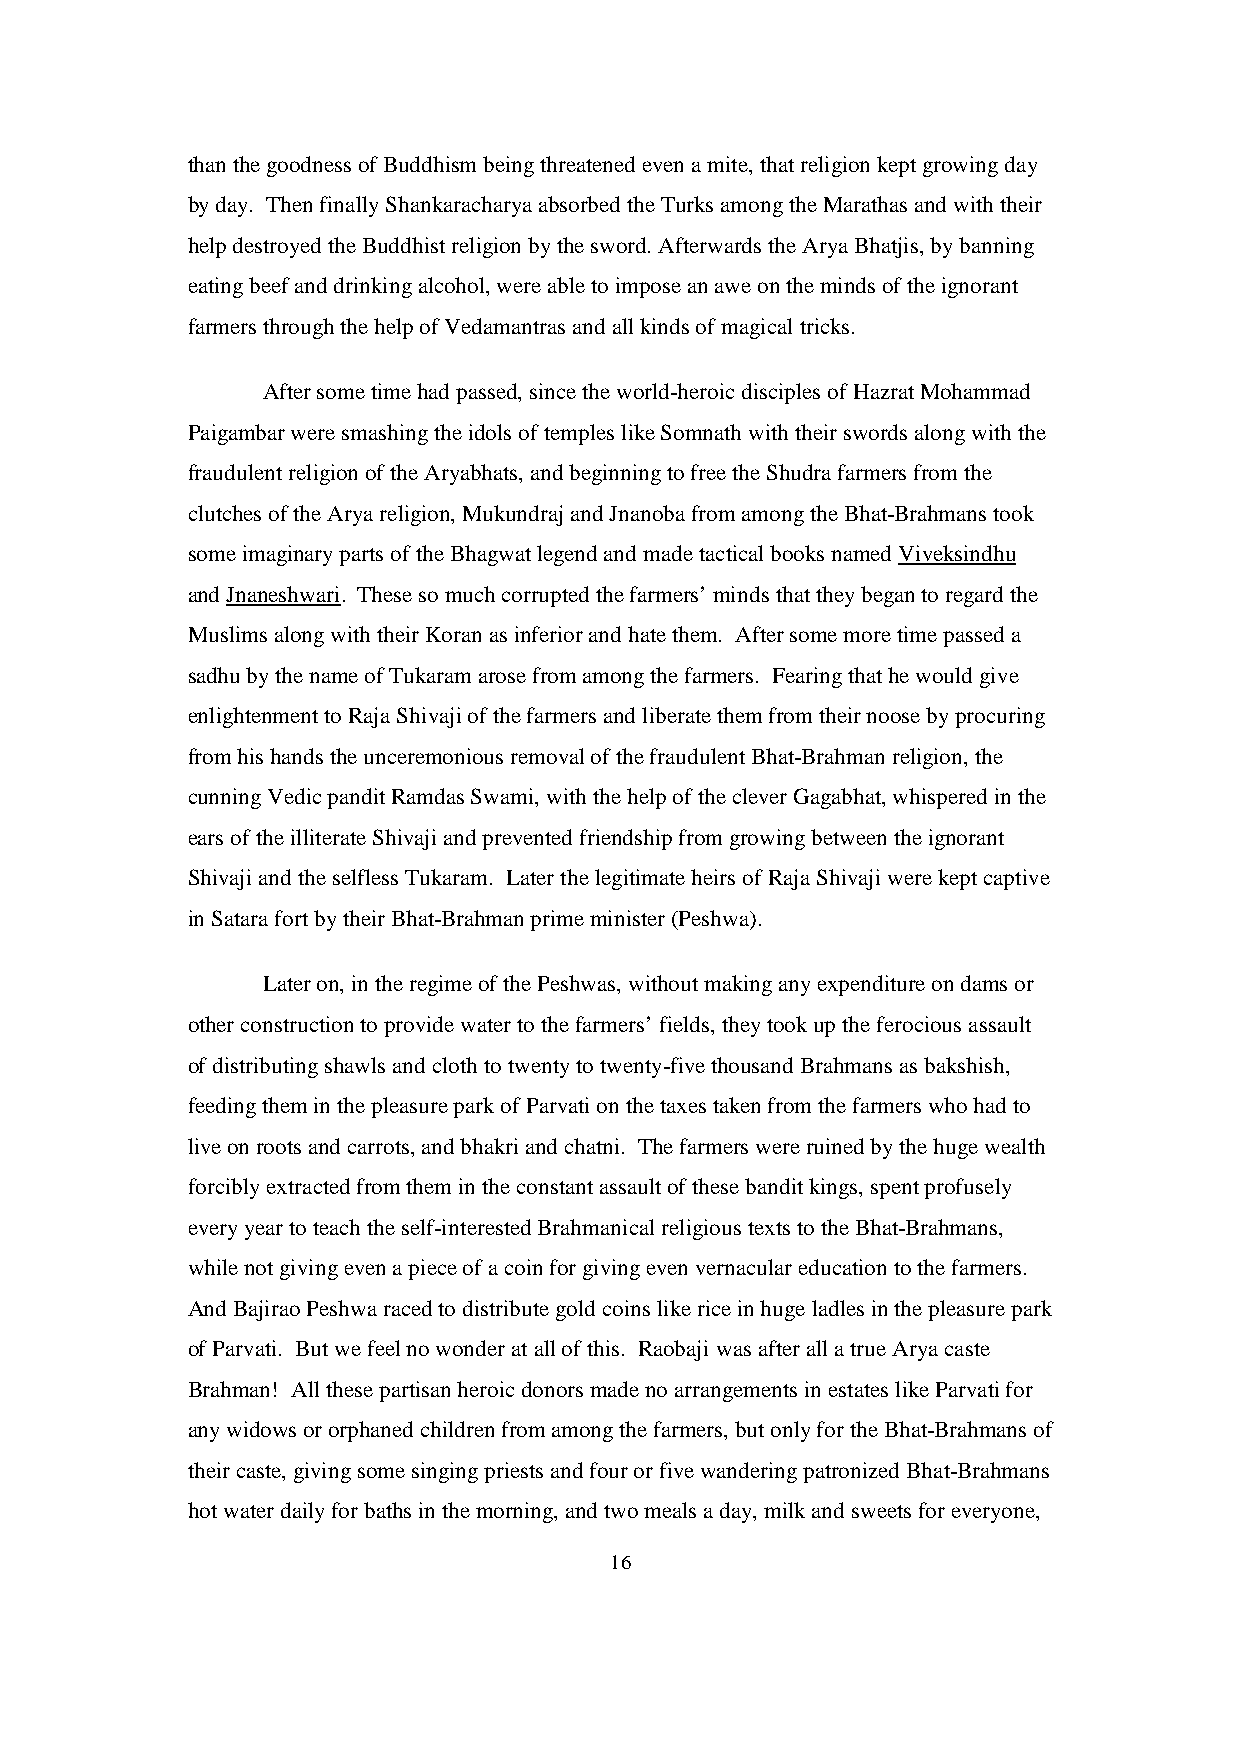
than the goodness of Buddhism being threatened even a mite, that religion kept growing day
 by day. Then finally Shankaracharya absorbed the Turks among the Marathas and with their
 help destroyed the Buddhist religion by the sword. Afterwards the Arya Bhatjis, by banning
 eating beef and drinking alcohol, were able to impose an awe on the minds of the ignorant
 farmers through the help of Vedamantras and all kinds of magical tricks.
 After some time had passed, since the world-heroic disciples of Hazrat Mohammad
 Paigambar were smashing the idols of temples like Somnath with their swords along with the
 fraudulent religion of the Aryabhats, and beginning to free the Shudra farmers from the
 clutches of the Arya religion, Mukundraj and Jnanoba from among the Bhat-Brahmans took
 some imaginary parts of the Bhagwat legend and made tactical books named Viveksindhu
 and Jnaneshwari. These so much corrupted the farmers’ minds that they began to regard the
 Muslims along with their Koran as inferior and hate them. After some more time passed a
 sadhu by the name of Tukaram arose from among the farmers. Fearing that he would give
 enlightenment to Raja Shivaji of the farmers and liberate them from their noose by procuring
 from his hands the unceremonious removal of the fraudulent Bhat-Brahman religion, the
 cunning Vedic pandit Ramdas Swami, with the help of the clever Gagabhat, whispered in the
 ears of the illiterate Shivaji and prevented friendship from growing between the ignorant
 Shivaji and the selfless Tukaram. Later the legitimate heirs of Raja Shivaji were kept captive
 in Satara fort by their Bhat-Brahman prime minister (Peshwa).
 Later on, in the regime of the Peshwas, without making any expenditure on dams or
 other construction to provide water to the farmers’ fields, they took up the ferocious assault
 of distributing shawls and cloth to twenty to twenty-five thousand Brahmans as bakshish,
 feeding them in the pleasure park of Parvati on the taxes taken from the farmers who had to
 live on roots and carrots, and bhakri and chatni. The farmers were ruined by the huge wealth
 forcibly extracted from them in the constant assault of these bandit kings, spent profusely
 every year to teach the self-interested Brahmanical religious texts to the Bhat-Brahmans,
 while not giving even a piece of a coin for giving even vernacular education to the farmers.
 And Bajirao Peshwa raced to distribute gold coins like rice in huge ladles in the pleasure park
 of Parvati. But we feel no wonder at all of this. Raobaji was after all a true Arya caste
 Brahman! All these partisan heroic donors made no arrangements in estates like Parvati for
 any widows or orphaned children from among the farmers, but only for the Bhat-Brahmans of
 their caste, giving some singing priests and four or five wandering patronized Bhat-Brahmans
 hot water daily for baths in the morning, and two meals a day, milk and sweets for everyone,
 16